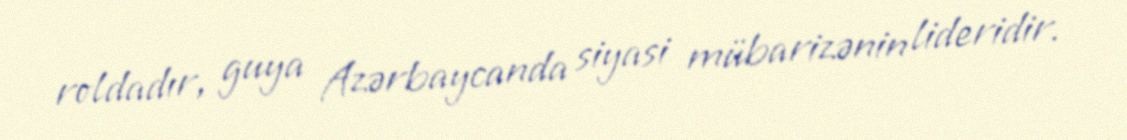
roldadır, guya Azərbaycanda siyasi mübarizənin lideridir.